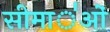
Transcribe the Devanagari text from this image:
सीमा॑ओं